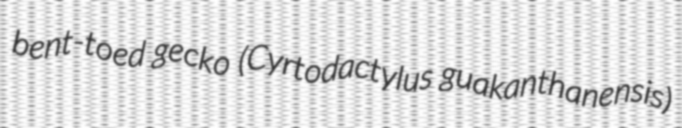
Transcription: bent-toed gecko (Cyrtodactylus guakanthanensis)